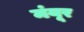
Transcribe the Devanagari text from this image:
मंयूर